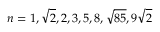
n = 1 , \sqrt { 2 } , 2 , 3 , 5 , 8 , \sqrt { 8 5 } , 9 \sqrt { 2 }